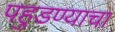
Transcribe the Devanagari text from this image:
पहुडण्याचा